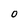
Character: 0